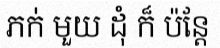
ភក់ មួយ ដុំ ក៏ ប៉ន្តែ